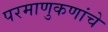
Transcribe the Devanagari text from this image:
परमाणुकणांचे